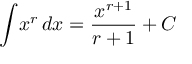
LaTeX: \int \! x ^ { r } \, d x = { \frac { x ^ { r + 1 } } { r + 1 } } + C